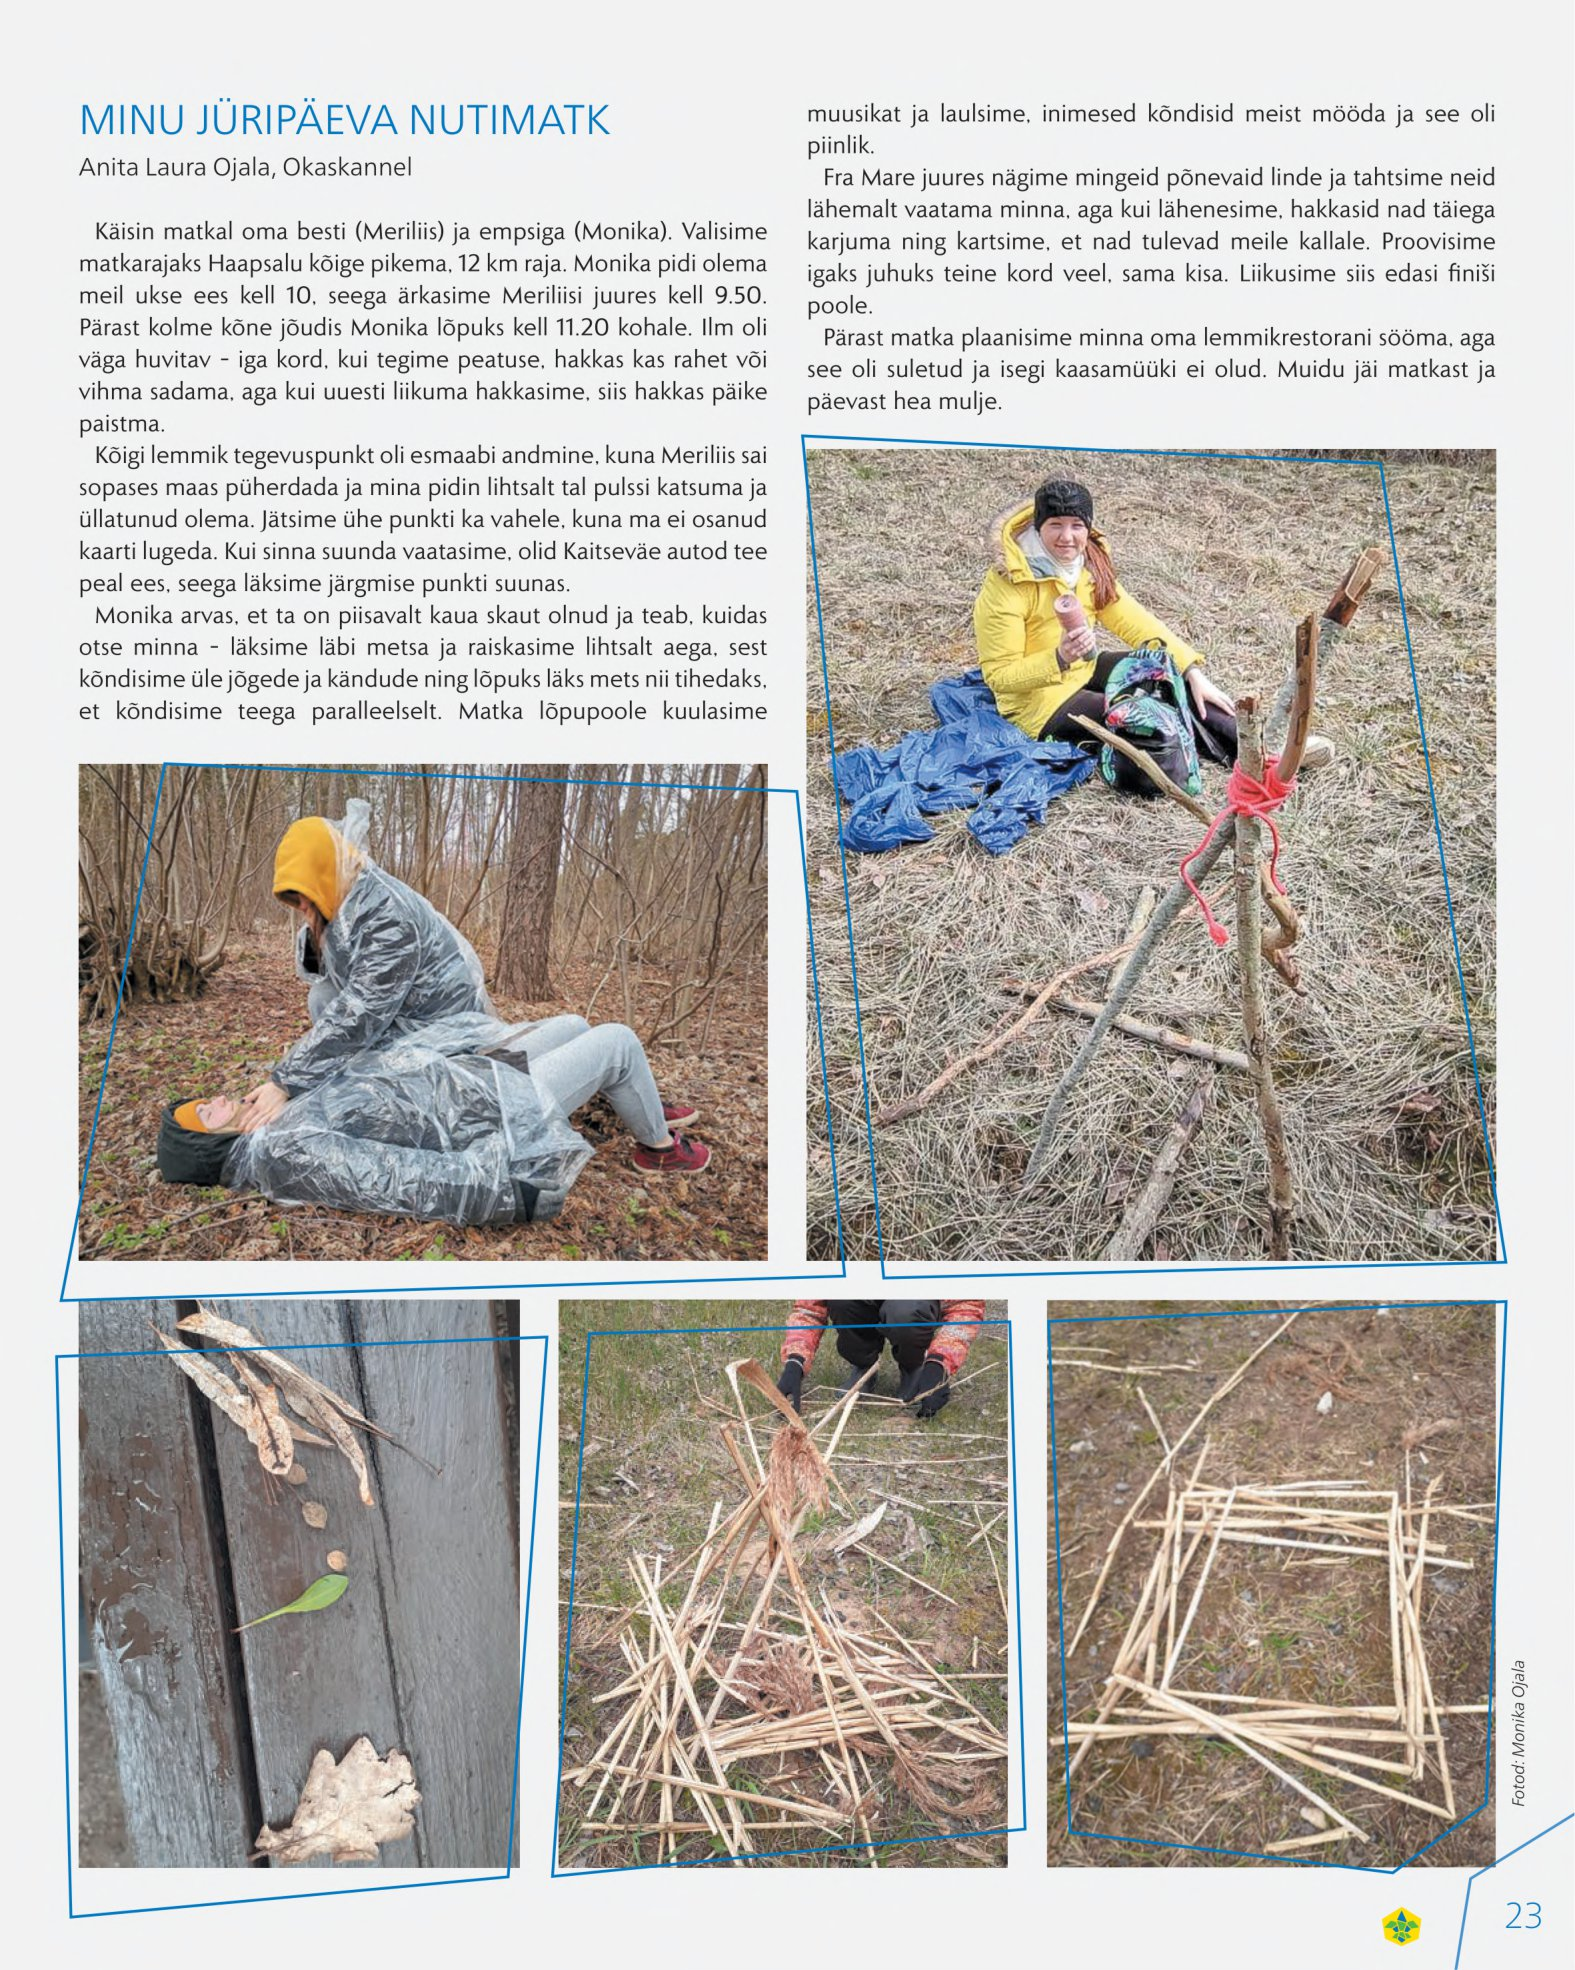
Language: et